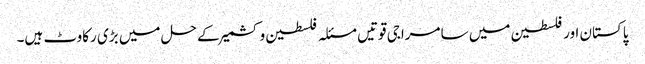
پاکستان اور فلسطین میں سامراجی قوتیں مسئلہ فلسطین و کشمیر کے حل میں بڑی رکاوٹ ہیں۔